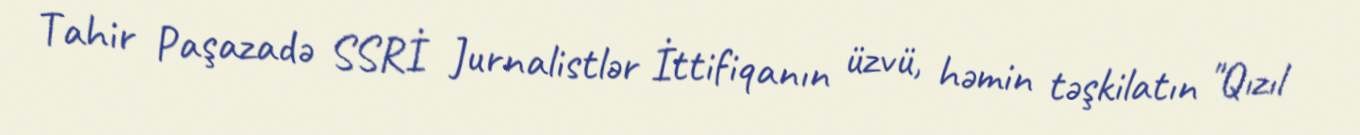
Tahir Paşazadə SSRİ Jurnalistlər İttifiqanın üzvü, həmin təşkilatın "Qızıl